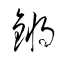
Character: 鏘